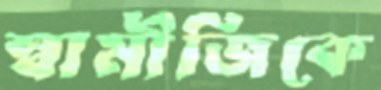
স্বামীজিকে